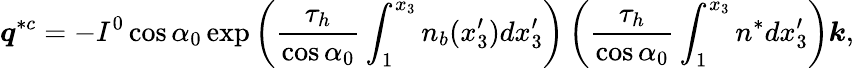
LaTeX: \boldsymbol{q}^{*c}=-I^{0}\cos{\alpha}_{0}\exp{\left(\frac{\tau_{h}}{\cos{\alpha}_{0}}\int_{1}^{x_{3}}n_{b}(x_{3}^{\prime})dx_{3}^{\prime}\right)}\left(\frac{\tau_{h}}{\cos{\alpha}_{0}}\int_{1}^{x_{3}}n^{*}dx_{3}^{\prime}\right)\boldsymbol{k},